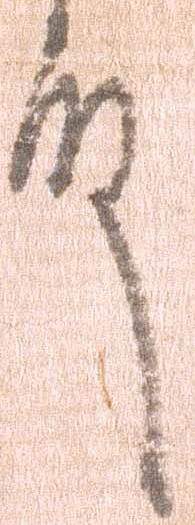
殿